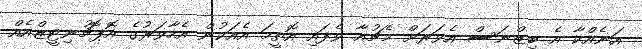
އަނެއްކާ އެ ބިޒްނަސް އެވަރަށް މެޗުއާ ވެފައި އޮތީމަ އެއަކުން އެހާވަރުގެ އޮޕޮޗުނިޓީޒްއެއް